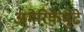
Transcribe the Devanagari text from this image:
अमेरिकेपुढे